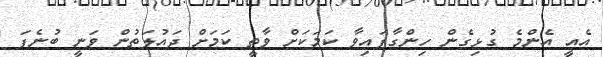
އެއީ އެންމެ ގުޅިގެން ހިންގާފައިވާ ކަމަކަށް ވާތީ ކަމަށް ދައުލަތުން ވަނީ ބުނެފަ